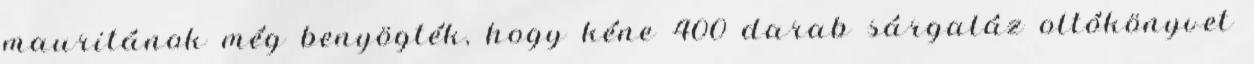
mauritánok még benyögték, hogy kéne 400 darab sárgaláz oltókönyvet